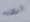
أردتيه